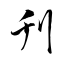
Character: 刋